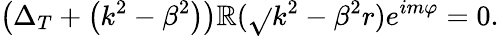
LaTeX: \left(\Delta_{T}+\left(k^{2}-\beta^{2}\right)\right)\mathbb{R}(\sqrt{}{{k^{2}-\beta^{2}}}r)e^{im\varphi}=0.